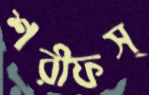
শরীফস্